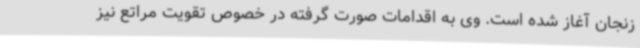
زنجان آغاز شده است. وی به اقدامات صورت گرفته در خصوص تقویت مراتع نیز